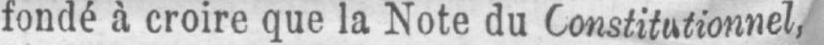
fondé à croire que la Note du Constitutionnel,